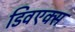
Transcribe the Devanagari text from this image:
डिवएक्स